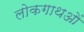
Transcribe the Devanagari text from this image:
लोकगाथओं